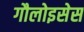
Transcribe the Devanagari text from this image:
गौलोइसेस